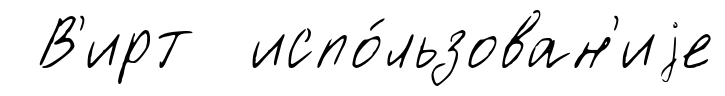
В'ирт испо́льзован'иjе